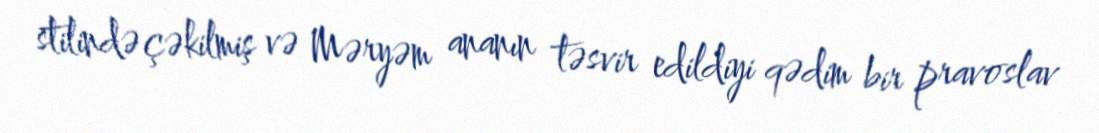
stilində çəkilmiş və Məryəm ananın təsvir edildiyi qədim bir pravoslav